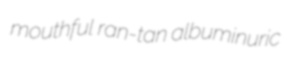
mouthful ran-tan albuminuric